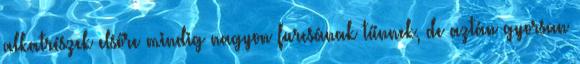
alkatrészek elsőre mindig nagyon furcsának tűnnek, de aztán gyorsan